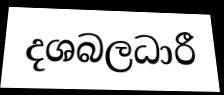
දශබලධාරී